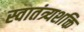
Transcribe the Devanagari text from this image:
स्वातंत्र्यशक्ति